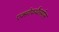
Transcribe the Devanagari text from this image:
एक्सोफथैलमोस